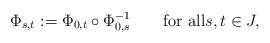
LaTeX: \begin{align*}\Phi_{s,t} := \Phi_{0,t}\circ \Phi^{-1}_{0,s}\qquad\hbox{for all}s,t\in J,\end{align*}